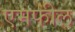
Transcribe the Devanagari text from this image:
एमफील